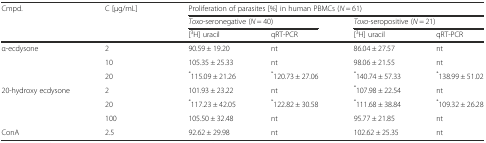
<table><thead><tr><td rowspan="3"><b>Cmpd.</b></td><td rowspan="3"><b>C [μg/mL]</b></td><td colspan="4"><b>Proliferation of parasites [%] in human PBMCs (<i>N</i> = 61)</b></td></tr><tr><td colspan="2"><b><i>Toxo</i>-seronegative (<i>N</i> = 40)</b></td><td colspan="2"><b><i>Toxo</i>-seropositive (<i>N</i> = 21)</b></td></tr><tr><td><b>[<sup>3</sup>H] uracil</b></td><td><b>qRT-PCR</b></td><td><b>[<sup>3</sup>H] uracil</b></td><td><b>qRT-PCR</b></td></tr></thead><tbody><tr><td rowspan="3">α-ecdysone</td><td>2</td><td>90.59 ± 19.20</td><td>nt</td><td>86.04 ± 27.57</td><td>nt</td></tr><tr><td>10</td><td>105.35 ± 25.33</td><td>nt</td><td>98.06 ± 21.55</td><td>nt</td></tr><tr><td>20</td><td><sup>*</sup>115.09 ± 21.26</td><td><sup>*</sup>120.73 ± 27.06</td><td><sup>*</sup>140.74 ± 57.33</td><td><sup>*</sup>138.99 ± 51.02</td></tr><tr><td rowspan="3">20-hydroxy ecdysone</td><td>2</td><td>101.93 ± 23.22</td><td>nt</td><td><sup>*</sup>107.98 ± 22.54</td><td>nt</td></tr><tr><td>20</td><td><sup>*</sup>117.23 ± 42.05</td><td><sup>*</sup>122.82 ± 30.58</td><td><sup>*</sup>111.68 ± 38.84</td><td><sup>*</sup>109.32 ± 26.28</td></tr><tr><td>100</td><td>105.50 ± 32.48</td><td>nt</td><td>95.77 ± 21.85</td><td>nt</td></tr><tr><td>ConA</td><td>2.5</td><td>92.62 ± 29.98</td><td>nt</td><td>102.62 ± 25.35</td><td>nt</td></tr></tbody></table>